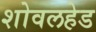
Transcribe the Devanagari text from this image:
शोवलहेड